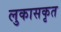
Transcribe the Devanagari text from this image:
लुकासकृत